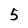
Character: 5